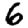
Digit: 6